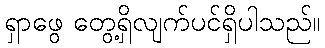
ရှာဖွေ တွေ့ရှိလျက်ပင်ရှိပါသည်။